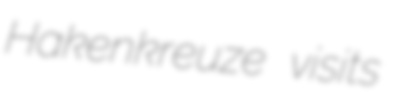
Hakenkreuze visits